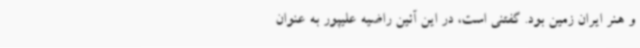
و هنر ایران زمین بود. گفتنی است، در این آئین راضیه علیپور به عنوان